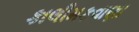
કાલીમકવાણા